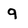
Character: 9